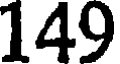
149